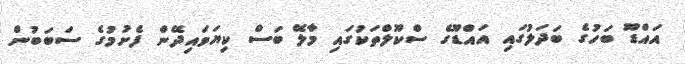
އައްޑޫ ބަހުގެ ބަދަލުގައި އައްޑޫގެ ސްކޫލްތަކުގައި މާލޭ ބަސް ކިޔަވައިދޭން ފެށުމުގެ ސަބަބުން